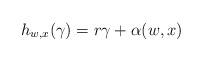
LaTeX: \begin{align*}h_{w,x}(\gamma)=r\gamma+\alpha(w,x)\end{align*}